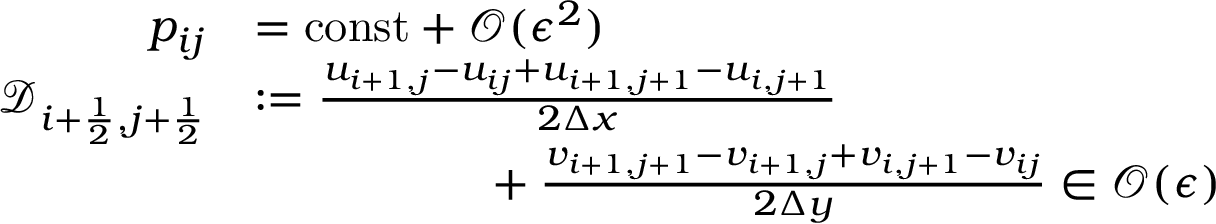
\begin{array} { r l } { p _ { i j } } & { = \mathrm { c o n s t } + \mathcal O ( \epsilon ^ { 2 } ) } \\ { \mathscr D _ { i + \frac 1 2 , j + \frac 1 2 } } & { : = \frac { u _ { i + 1 , j } - u _ { i j } + u _ { i + 1 , j + 1 } - u _ { i , j + 1 } } { 2 \Delta x } } \\ & { \phantom { m m m m m } + \frac { v _ { i + 1 , j + 1 } - v _ { i + 1 , j } + v _ { i , j + 1 } - v _ { i j } } { 2 \Delta y } \in \mathcal O ( \epsilon ) } \end{array}